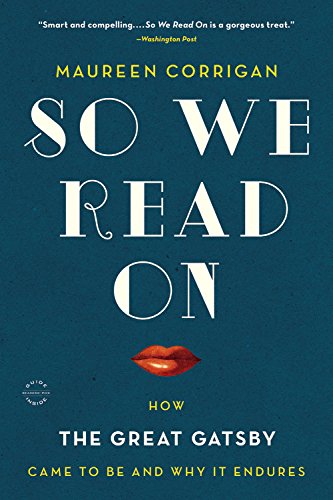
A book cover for So We Read On: How The Great Gatsby Came to Be and Why It Endures; Maureen Corrigan; Literature & Fiction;